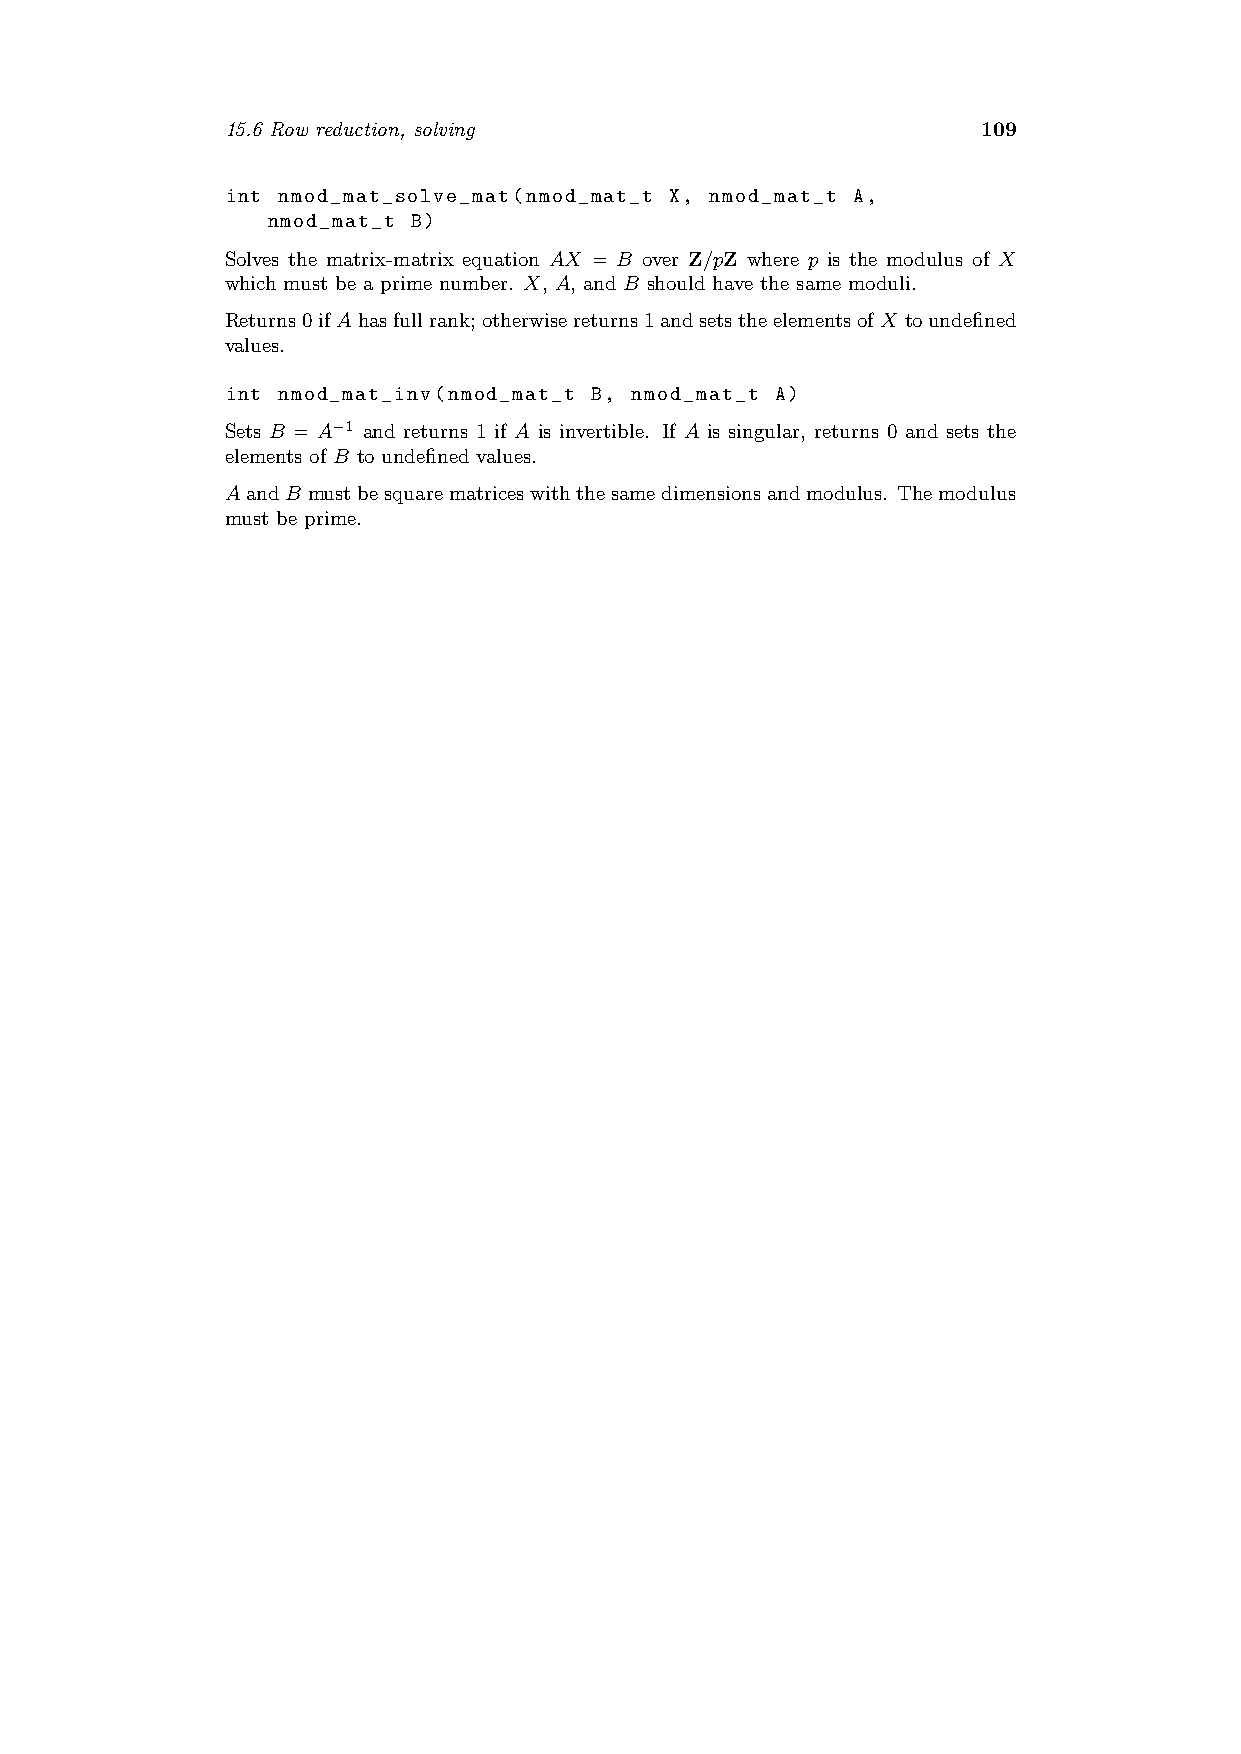
15.6 Row reduction, solving                       109
 int nmod_mat_solve_mat(nmod_mat_t X, nmod_mat_t A,
 nmod_mat_t B)
 Solves the matrix-matrix equation AX = B over Z/pZ where p is the modulus of X
 which must be a prime number. X, A, and B should have the same moduli.
 Returns0ifAhasfullrank;otherwisereturns1andsetstheelementsofX toundefined
 values.
 int nmod_mat_inv(nmod_mat_t B, nmod_mat_t A)
 Sets B = A−1 and returns 1 if A is invertible. If A is singular, returns 0 and sets the
 elements of B to undefined values.
 AandB mustbesquarematriceswiththesamedimensionsandmodulus. Themodulus
 must be prime.